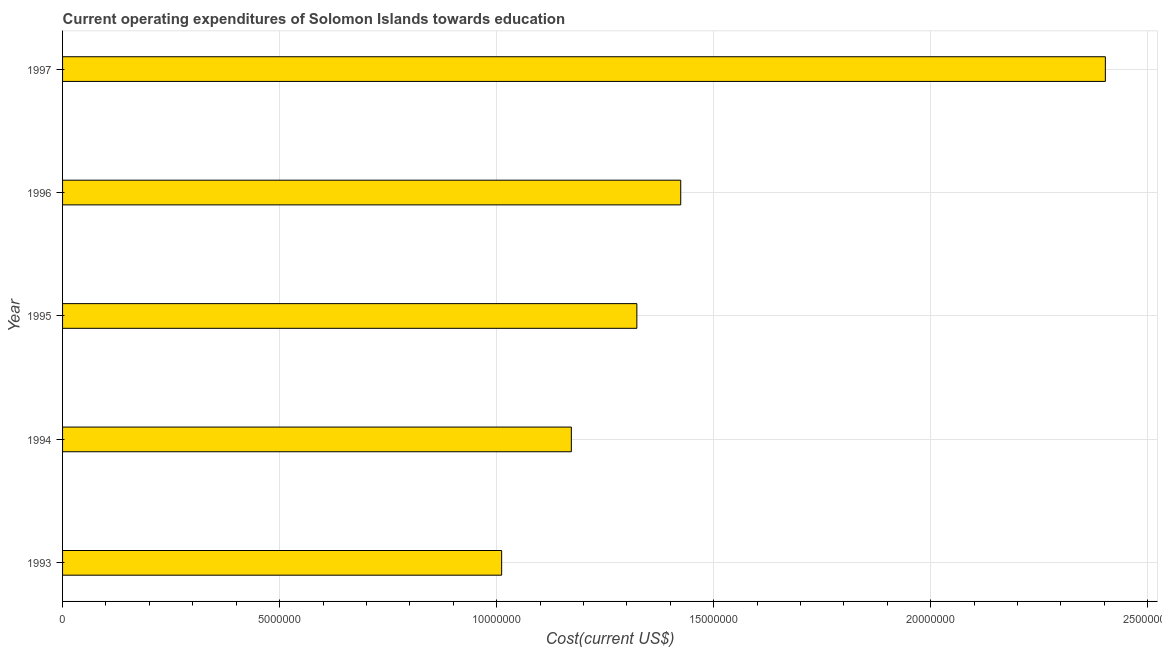
| Year | Education expenditure |
 | --- | --- |
 | 1993 | 1.01e+07 |
 | 1994 | 1.17e+07 |
 | 1995 | 1.32e+07 |
 | 1996 | 1.42e+07 |
 | 1997 | 2.4e+07 |